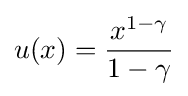
u(x)={\frac {x^{1-\gamma }}{1-\gamma }}